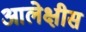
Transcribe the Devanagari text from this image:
आलेक्षीस